Voru_kinnistusamet, lk 65
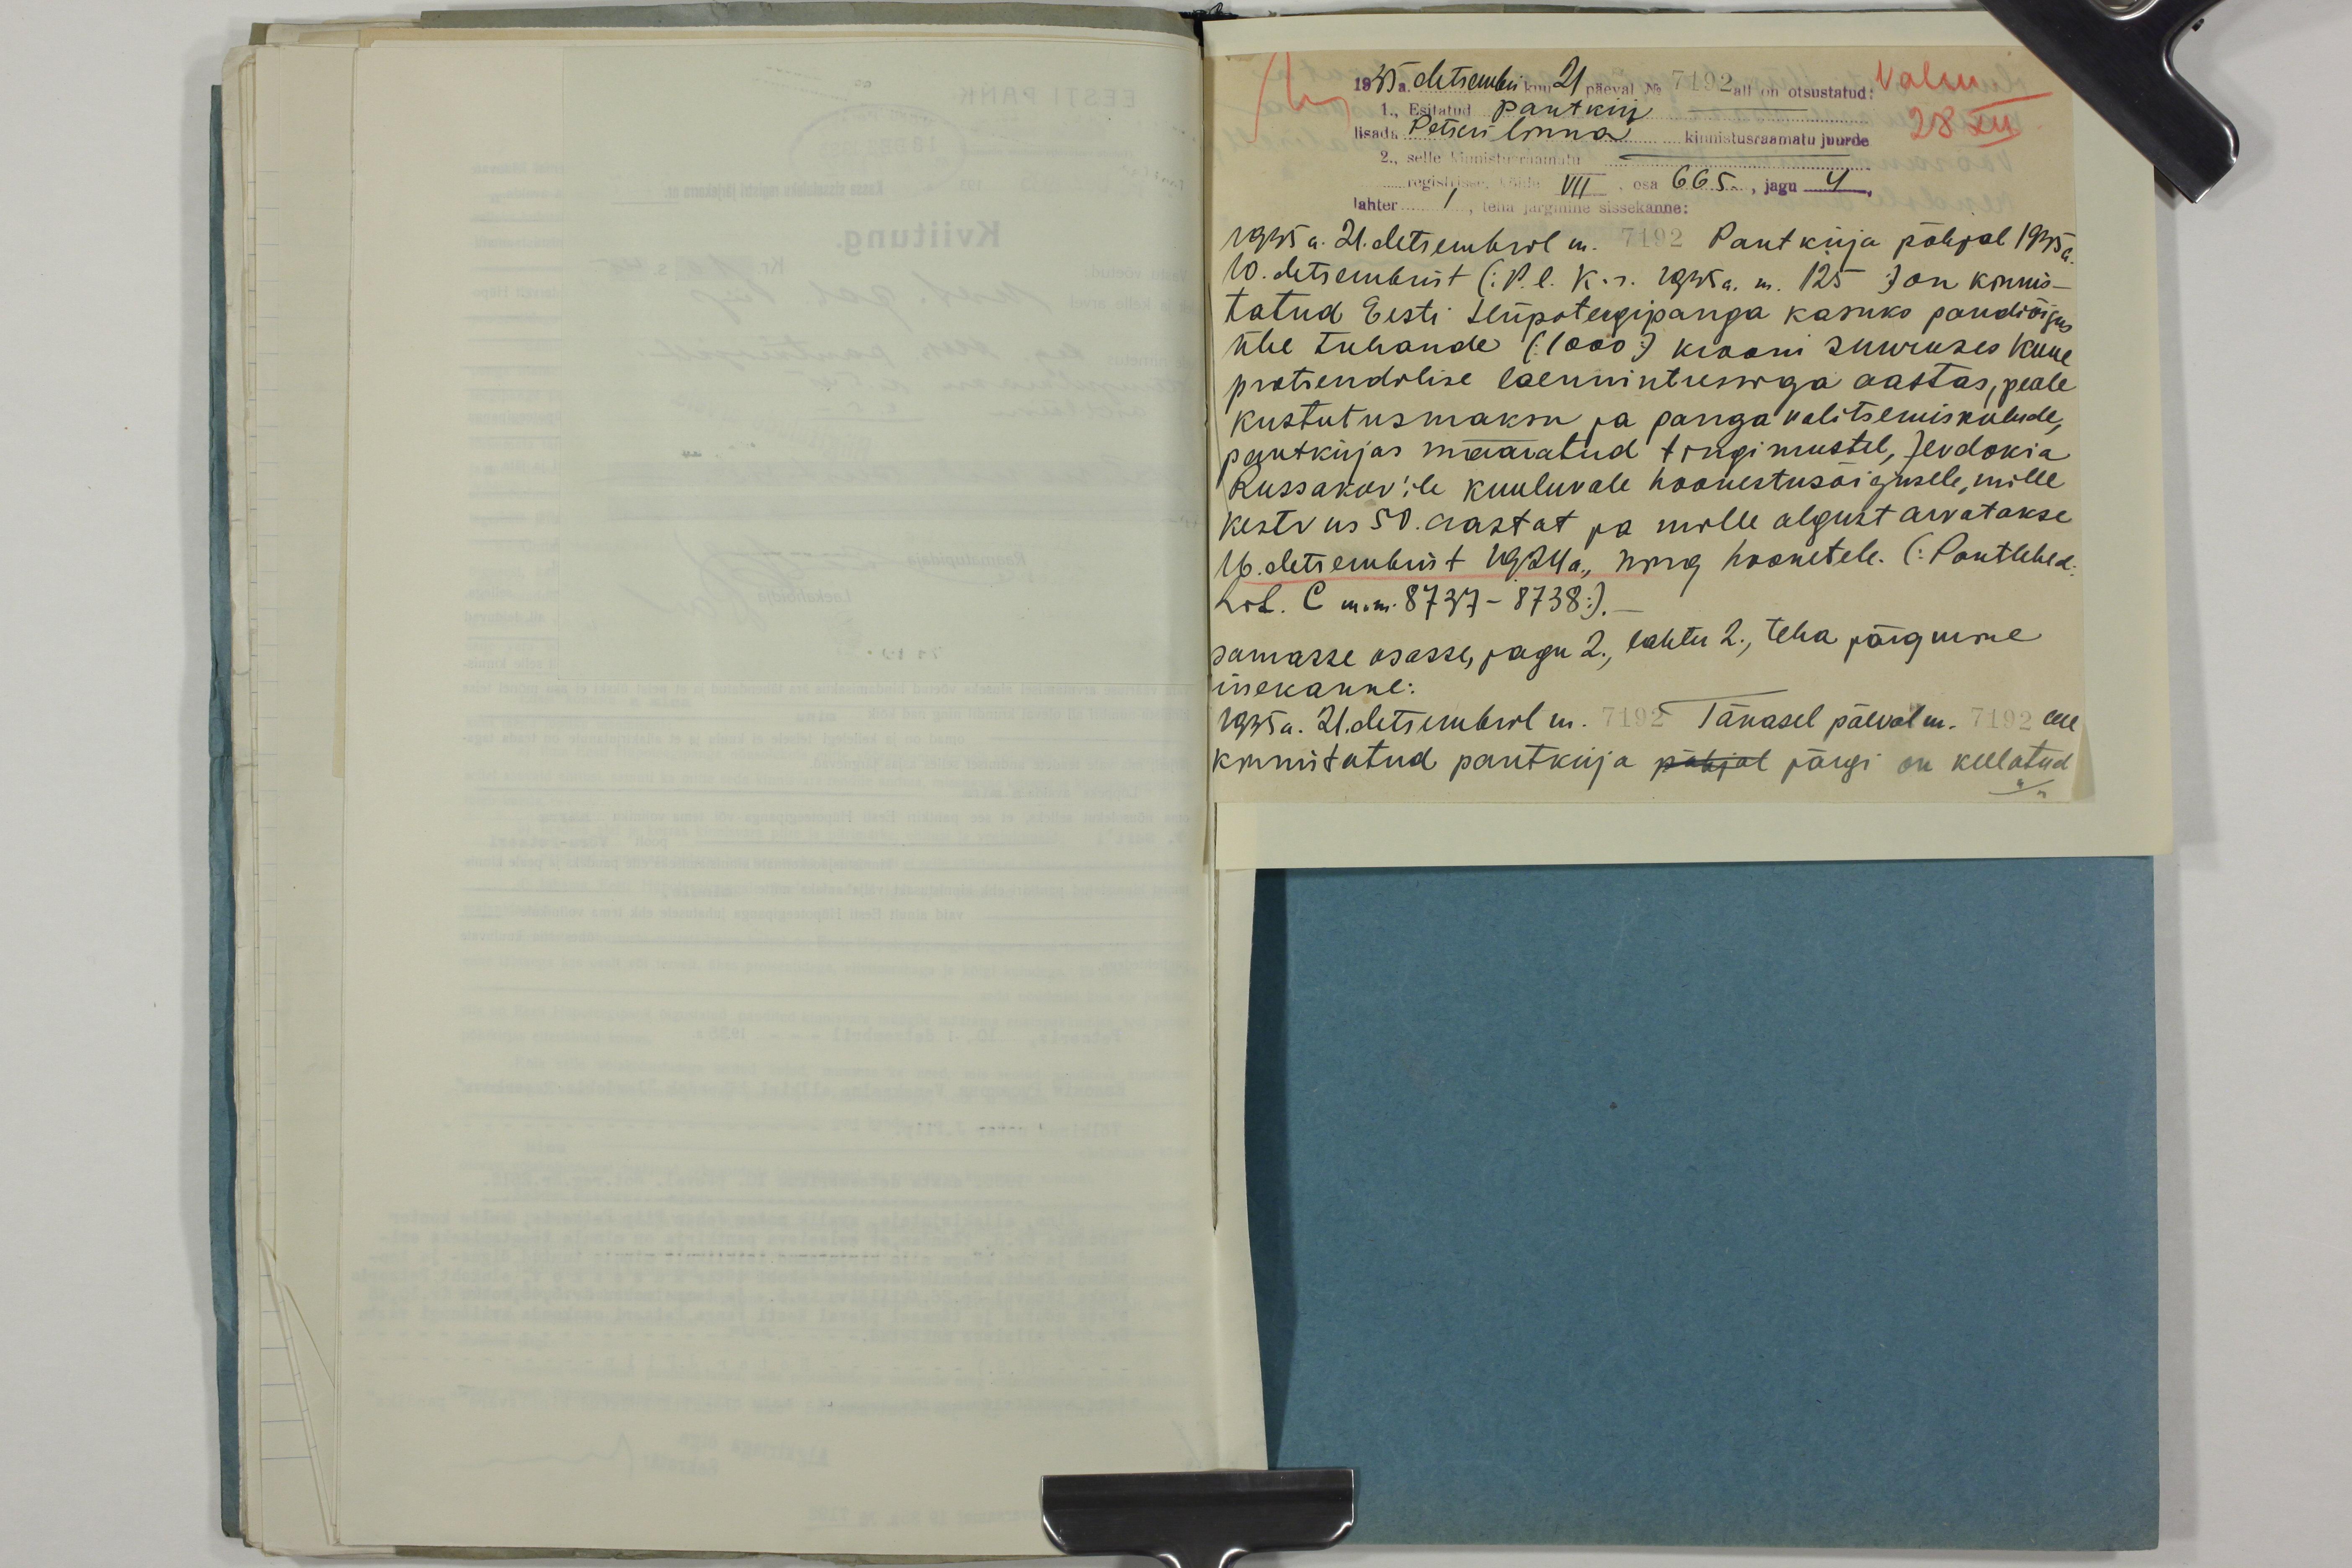
1935 a. detsembri kuu 21 päeval No 7192 all on otsustatud:
1., Esitatud pantkiri -
lisada Petseri linna kinnistusraamatu juurde
2., selle kinnistusraamatu -
registrisse, köide VII, osa 665., jagu 4.
lahter 1,  teha järgmine sissekanne:
Valm.
28 XII.
1935 a. 21. detsembril nr. 7192 Pantkirja põhjal 1935 a.
10. detsembrist (P.l. K.r. 1935a. nr. 125) on kinnis-
tatud Eesti Hüpoteegipanga kasuks pandiõigus
ühe tuhande (1000) krooni suuruses kuue
protsendilise laenuintressiga aastas, peale
kustutusmaksu ja panga valitsemiskulude,
pantkirjas määratud tingimustel, Jevdokia
Russakov'ile kuuluvale hoonestusõigusele, mille
kestvus 50. aastat ja mille algust arvatakse
16. detsembrist 1924 a., ning hoonetele. (Pantlehed:
Lit. C nr-nr. 8737 - 8738).
samasse osasse, jagu 2., lahter 2., teha järgmine
issekanne:
1935 a. 21. detsembril nr. 7192 Tänasel päeval nr. 7192 on
kinnistatud pantkirja põhjal järgi on keelatud